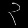
Digit: ၃